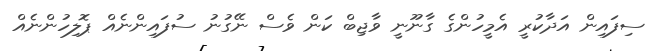
ސިފައިން އަދާކުރީ އެމީހުންގެ ގާނޫނީ ވާޖިބް ކަން ވެސް ނޭގުނު ސުފައިންނެއް ޕޮލިހުންނެއް